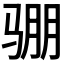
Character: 𮹊